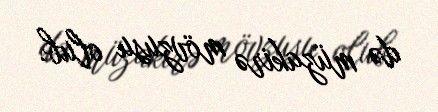
də müzakirə mövzusu olub.